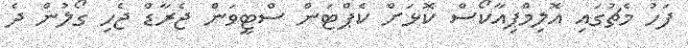
ފަހު މެޗުގައި އޮލިމްޕިއާކޯސް ކޮޅަށް ކެޕްޓަން ސްޓީވަން ޖެރާޑް ޖެހި ގޯލުން ދެ